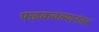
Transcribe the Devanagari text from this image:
फडकवल्यानंतर